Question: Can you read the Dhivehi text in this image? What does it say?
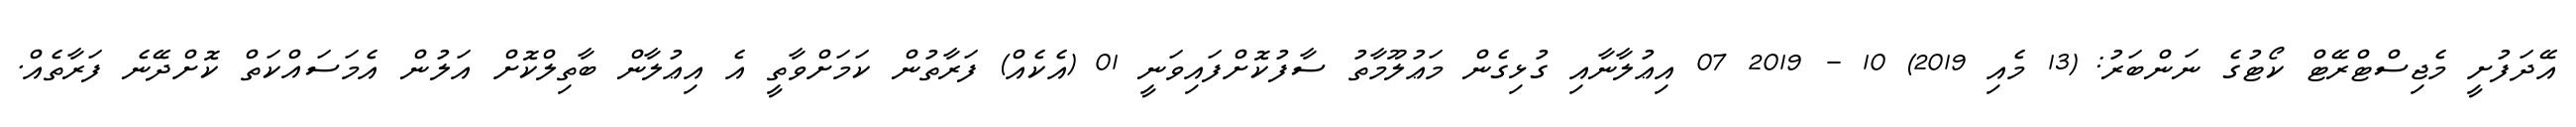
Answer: އޭދަފުށީ މެޖިސްޓްރޭޓް ކޯޓުގެ ނަންބަރު: (13 މެއި 2019) 10 - 2019 07 އިޢުލާނާއި ގުޅިގެން މަޢުލޫމާތު ސާފުކޮށްފައިވަނީ 01 (އެކެއް) ފަރާތުން ކަމަށްވާތީ އެ އިޢުލާން ބާތިލްކޮށް އަލުން އެމަސައްކަތް ކޮށްދޭނެ ފަރާތެއް.